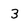
Character: 3